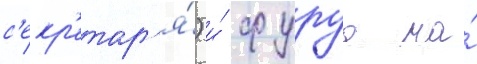
с'екр'етар'я́) и́ фуруа на́